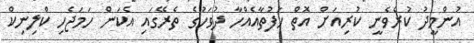
އުންމީދު ކުރެވެނީ ކުރިއަށް އޮތް ހަފުތާއެއްހާ ދުވަހުގެ ތެރޭގައި އެކަން ހަމަޖެހި ކްލިނިކް